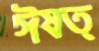
ঈষত্